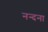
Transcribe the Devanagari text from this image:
नन्दना